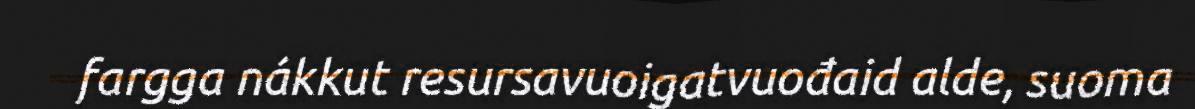
fargga nákkut resursavuoigatvuođaid alde, suoma